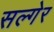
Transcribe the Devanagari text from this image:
सल्गेर